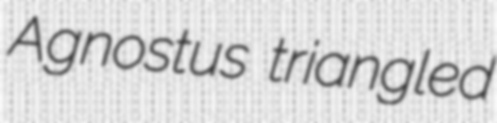
Agnostus triangled